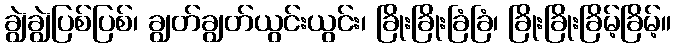
ချွဲချွဲပြစ်ပြစ်၊ ချွတ်ချွတ်ယွင်းယွင်း၊ ခြိုးခြိုးခြံခြံ၊ ခြိုးခြိုးခြိမ့်ခြိမ့်။